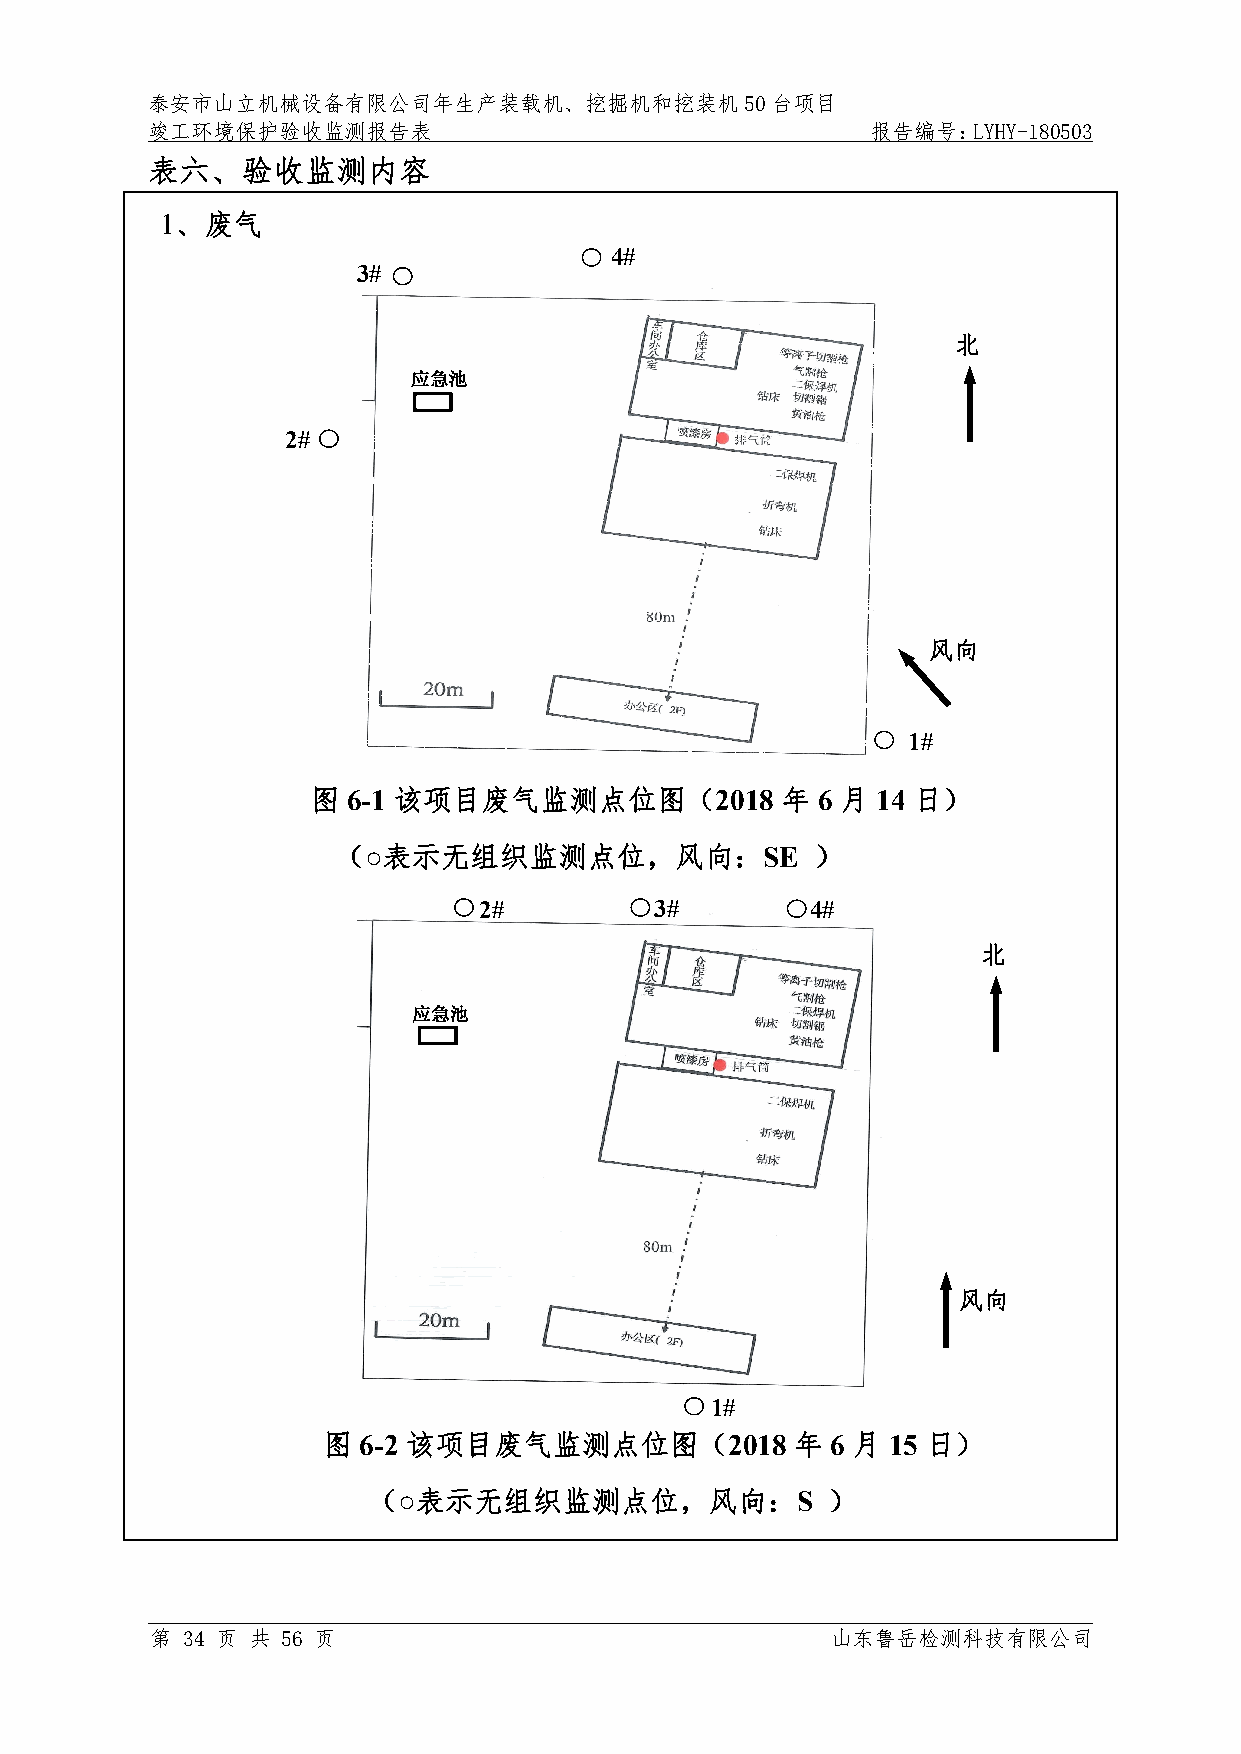
泰安市山立机械设备有限公司年生产装载机、挖掘机和挖装机50台项目
 竣工环境保护验收监测报告表                                   报告编号：LYHY-180503
 表六、验收监测内容
 1、废气
 4#
 3#
 北
 应急池
 2#
 风向
 1#
 图 6-1 该项目废气监测点位图（2018          年 6 月 14 日）
 （○表示无组织监测点位，风向：SE               ）
 2#         3#         4#
 北
 应急池
 风向
 1#
 图  6-2 该项目废气监测点位图（2018          年 6 月 15 日）
 （○表示无组织监测点位，风向：S               ）
 第 34 页 共 56 页                                山东鲁岳检测科技有限公司